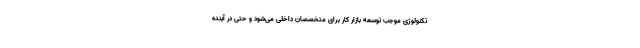
تکنولوژی موجب توسعه بازار کار برای متخصصان داخلی می‌شود و حتی در آینده